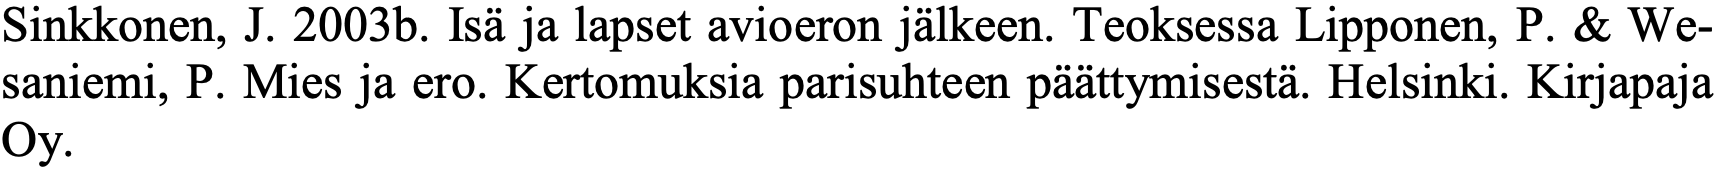
Sinkkonen, J. 2003b. Isä ja lapset avioeron jälkeen. Teoksessa Lipponen, P. & We- saniemi, P. Mies ja ero. Kertomuksia parisuhteen päättymisestä. Helsinki. Kirjapaja Oy.